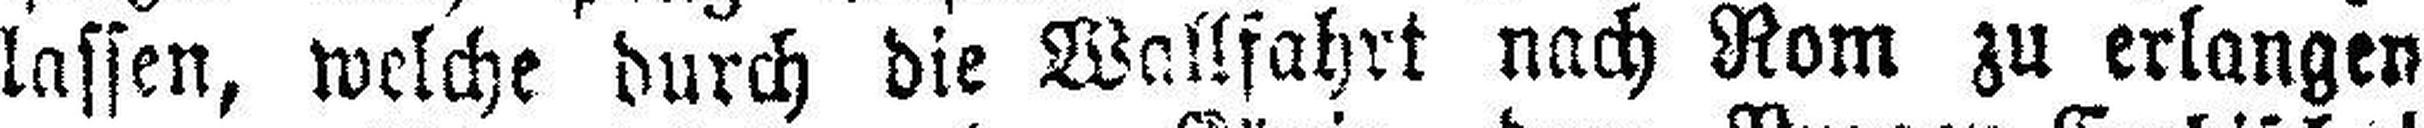
lassen, welche durch die Wallfahrt nach Rom zu erlangen